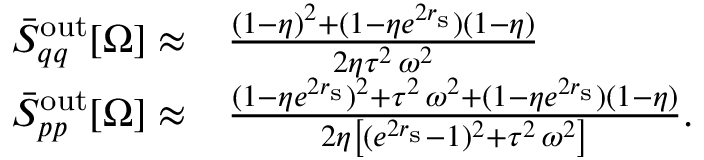
\begin{array} { r l } { \bar { S } _ { q q } ^ { \mathrm { o u t } } [ \Omega ] \approx } & { \frac { ( 1 - \eta ) ^ { 2 } + ( 1 - \eta e ^ { 2 r _ { \mathrm { s } } } ) ( 1 - \eta ) } { 2 \eta \tau ^ { 2 } \, \omega ^ { 2 } } } \\ { \bar { S } _ { p p } ^ { \mathrm { o u t } } [ \Omega ] \approx } & { \frac { ( 1 - \eta e ^ { 2 r _ { \mathrm { s } } } ) ^ { 2 } + \tau ^ { 2 } \, \omega ^ { 2 } + ( 1 - \eta e ^ { 2 r _ { \mathrm { s } } } ) ( 1 - \eta ) } { 2 \eta \left[ ( e ^ { 2 r _ { \mathrm { s } } } - 1 ) ^ { 2 } + \tau ^ { 2 } \, \omega ^ { 2 } \right] } . } \end{array}